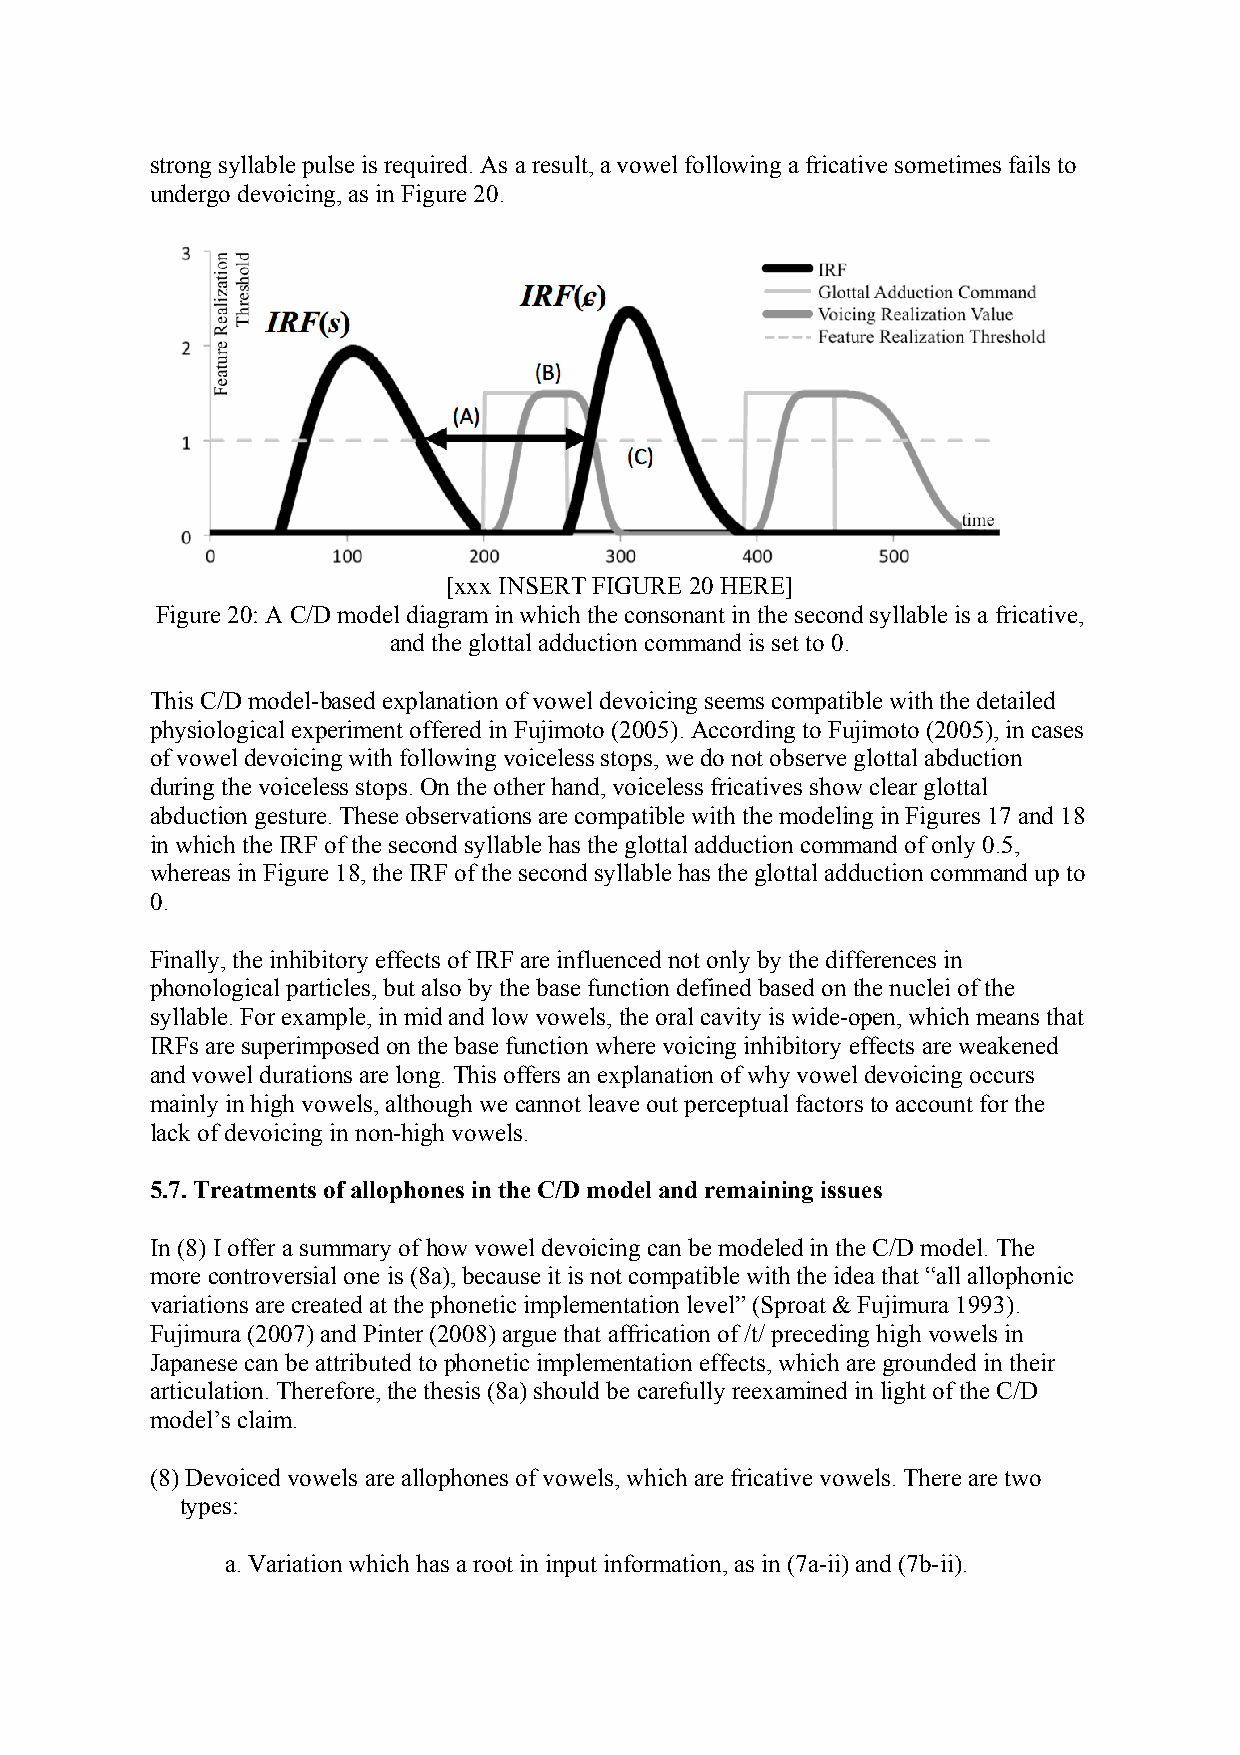
strong syllable pulse is required. As a result, a vowel following a fricative sometimes fails to
 undergo devoicing, as in Figure 20.
 [xxx INSERT FIGURE 20 HERE]
 Figure 20: A C/D model diagram in which the consonant in the second syllable is a fricative,
 and the glottal adduction command is set to 0.
 This C/D model-based explanation of vowel devoicing seems compatible with the detailed
 physiological experiment offered in Fujimoto (2005). According to Fujimoto (2005), in cases
 of vowel devoicing with following voiceless stops, we do not observe glottal abduction
 during the voiceless stops. On the other hand, voiceless fricatives show clear glottal
 abduction gesture. These observations are compatible with the modeling in Figures 17 and 18
 in which the IRF of the second syllable has the glottal adduction command of only 0.5,
 whereas in Figure 18, the IRF of the second syllable has the glottal adduction command up to
 0.
 Finally, the inhibitory effects of IRF are influenced not only by the differences in
 phonological particles, but also by the base function defined based on the nuclei of the
 syllable. For example, in mid and low vowels, the oral cavity is wide-open, which means that
 IRFs are superimposed on the base function where voicing inhibitory effects are weakened
 and vowel durations are long. This offers an explanation of why vowel devoicing occurs
 mainly in high vowels, although we cannot leave out perceptual factors to account for the
 lack of devoicing in non-high vowels.
 5.7. Treatments of allophones in the C/D model and remaining issues
 In (8) I offer a summary of how vowel devoicing can be modeled in the C/D model. The
 more controversial one is (8a), because it is not compatible with the idea that “all allophonic
 variations are created at the phonetic implementation level” (Sproat & Fujimura 1993).
 Fujimura (2007) and Pinter (2008) argue that affrication of /t/ preceding high vowels in
 Japanese can be attributed to phonetic implementation effects, which are grounded in their
 articulation. Therefore, the thesis (8a) should be carefully reexamined in light of the C/D
 model’s claim.
 (8) Devoiced vowels are allophones of vowels, which are fricative vowels. There are two
 types:
 a. Variation which has a root in input information, as in (7a-ii) and (7b-ii).